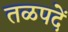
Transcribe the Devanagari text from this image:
तळपदें